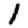
Digit: 1